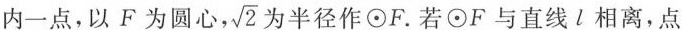
内一点，以F为圆心， $$\sqrt{2}$$ 为半径作⊙F。若⊙F与直线l相离，点